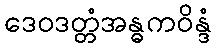
ဒေဝဒတ္တံအန္ဓကဝိန္ဒံ